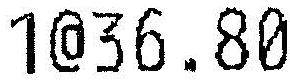
1@36.80